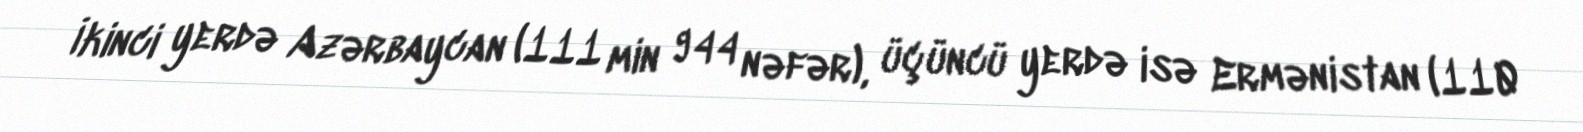
İkinci yerdə Azərbaycan (111 min 944 nəfər), üçüncü yerdə isə Ermənistan (110